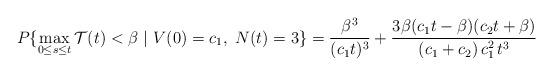
LaTeX: \begin{align*}P\{\max_{0\le s \le t}\mathcal{T}(t)<\beta\ |\ V(0) = c_1,\ N(t) = 3\}= \frac{\beta^3}{(c_1t)^3}+\frac{3\beta(c_1t-\beta)(c_2t+\beta)}{(c_1+c_2)\,c_1^2\,t^3}\end{align*}